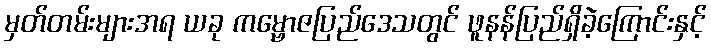
မှတ်တမ်းများအရ ယခု ကမ္ဗောဇပြည်ဒေသတွင် ဖူနန်ပြည်ရှိခဲ့ကြောင်းနှင့်